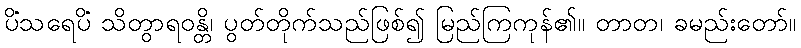
ပိံသရေပိံ သိတွာရဝန္တိ၊ ပွတ်တိုက်သည်ဖြစ်၍ မြည်ကြကုန်၏။ တာတ၊ ခမည်းတော်။